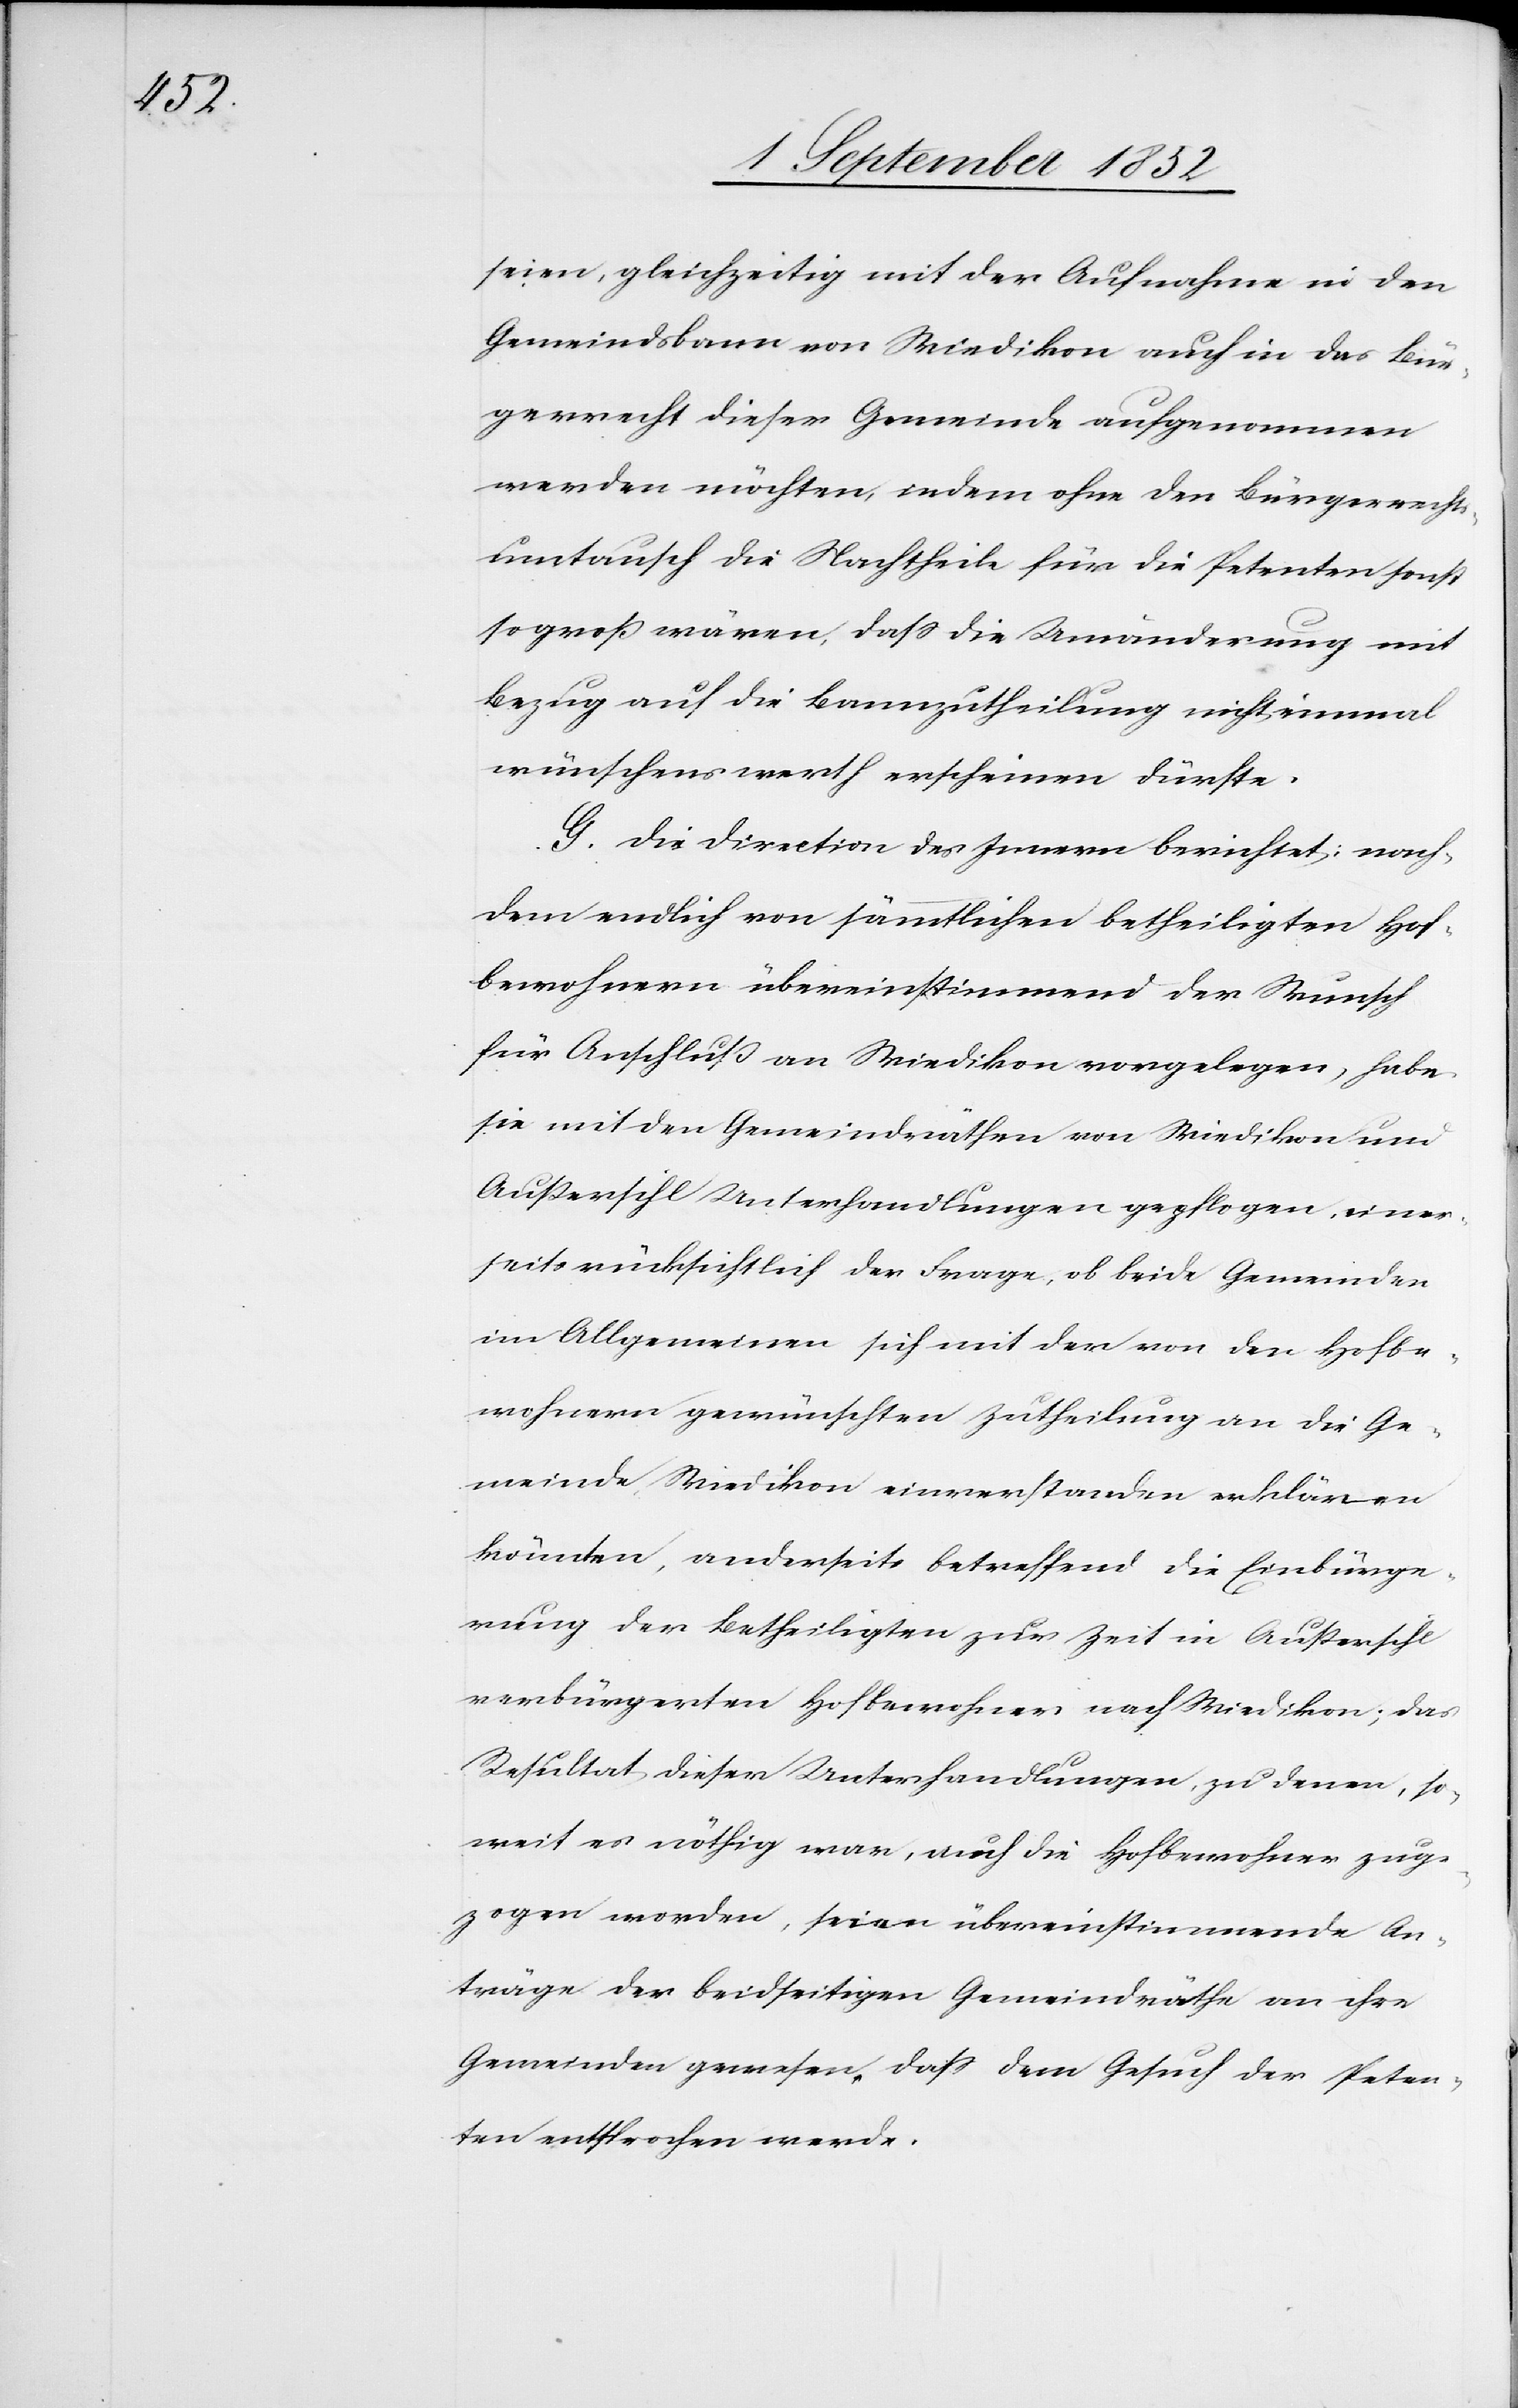
seien, gleichzeitig mit der Aufnahme in den
Gemeindsbann von Wiedikon auch in das Bür¬
gerrecht dieser Gemeinde aufgenommen
werden möchten, indem ohne den Bürgerrechts¬
umtausch die Nachtheile für die Petenten sonst
so groß wären, dass die Umänderung mit
Bezug auf die Bannzutheilung nicht einmal
wünschenswerth erscheinen dürfte.
G. Die Direction des Innern berichtet: nach¬
dem endlich von sämmtlichen betheiligten Hof¬
bewohnern übereinstimmend der Wunsch
für Anschluß an Wiedikon vorgelegen, habe
sie mit den Gemeindräthen von Wiedikon und
Außersihl Unterhandlungen gepflogen, einer¬
seits rücksichtlich der Frage, ob beide Gemeinden
im Allgemeinen sich mit der von den Hofbe¬
wohnern gewünschten Zutheilung an die Ge¬
meinde Wiedikon einverstanden erklären
könnten, anderseits betreffend die Einbürge¬
rung der Betheiligten zur Zeit in Außersihl
verbürgerten Hofbewohner nach Wiedikon; das
Resultat dieser Unterhandlungen, zu denen, so¬
weit es nöthig war, auch die Hofbewohner zuge¬
zogen worden, seien übereinstimmende An¬
träge der beidseitigen Gemeindräthe an ihre
Gemeinden gewesen, dass dem Gesuch der Peten¬
ten entsprochen werde.